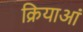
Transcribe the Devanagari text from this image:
क्रियाआं